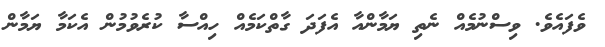
ވެފައެވެ. ވިސްނުމެއް ނެތި ޔަމާންއާ އެފަދަ ގާތްކަމެއް ހިއްސާ ކުރެވުމުން އެކަމާ ޔަމާން